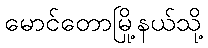
မောင်တောမြို့နယ်သို့